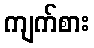
ကျက်စား